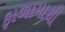
ફાળામાથી